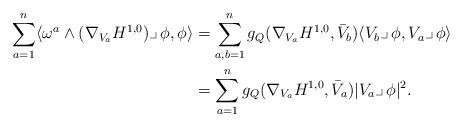
LaTeX: \begin{align*}\sum_{a=1}^n\langle\omega^a\wedge (\nabla_{V_a}H^{1,0})\lrcorner\,\phi,\phi\rangle &=\sum_{a,b=1}^n g_Q(\nabla_{V_a}H^{1,0},\bar V_b)\langle V_b\lrcorner\,\phi,V_a\lrcorner\,\phi\rangle\\&=\sum_{a=1}^n g_Q(\nabla_{V_a}H^{1,0},\bar V_a) |V_a\lrcorner\,\phi|^2.\end{align*}